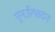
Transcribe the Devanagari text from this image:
पूनर्उत्पादन